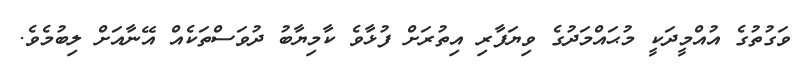
ވަގުތުގެ އުއްމީދަކީ މުޙައްމަދުގެ ވިޔަފާރި އިތުރަށް ފުޅާވެ ކާމިޔާބު ދުވަސްތަކެއް އޭނާއަށް ލިބުމެވެ.